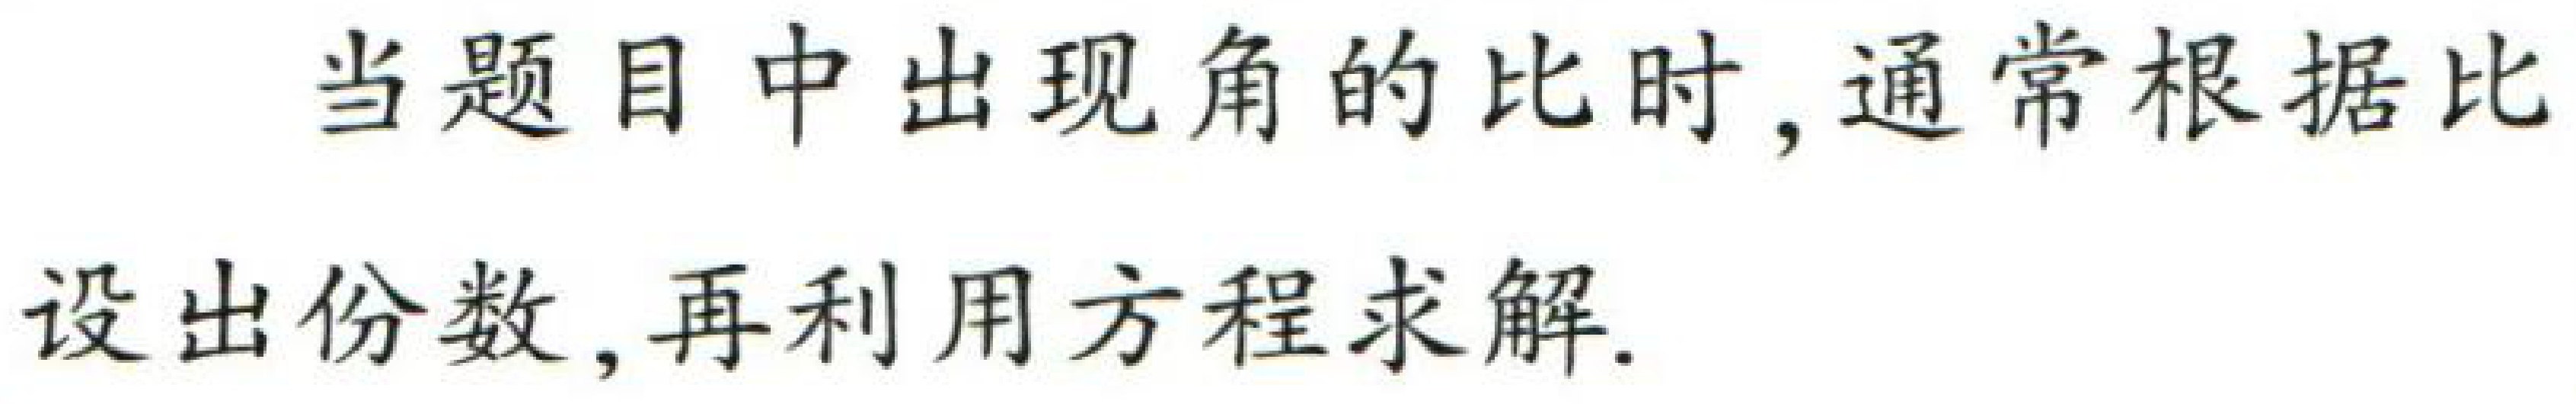
当题目中出现角的比时, 通常根据比设出份数, 再利用方程求解.